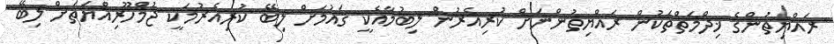
ރައްޔިތުންގެ ޚިދްމަތްތަކުން ރައްޔިތުންނަށް ކުރިއެރުން ލިބުމާއެކީ ޤައުމަށް ލިބޭ ކުރިއެރުމަކީ ޖުމްހޫރިއްޔަތަށް ލިބޭ